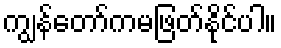
ကျွန်တော်ကမဖြတ်နိုင်ပါ။